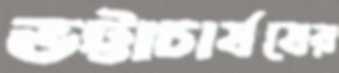
ভট্টাচার্যযের